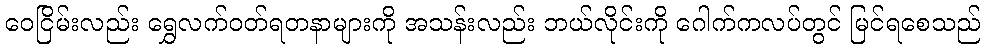
ဝေငြိမ်းလည်း ရွှေလက်ဝတ်ရတနာများကို အသန်းလည်း ဘယ်လိုင်းကို ဂေါက်ကလပ်တွင် မြင်ရစေသည်